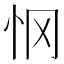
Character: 𰑂